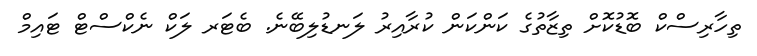
ތިހާރިސްކް ބޮޑުކޮށް ތިޒާތުގެ ކަންކަން ކުރާއިރު ލަނޑުލިބޭނެ. ބެޓަރ ލަކް ނެކްސްޓް ޓައިމް